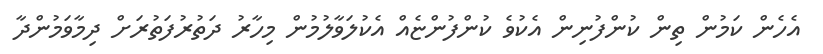
އެހެން ކަމުން ތިން ކުންފުނިން އެކުވެ ކުންފުންޏެއް އެކުލަވާލުމުން މިހާރު ދަތުރުފަތުރަށް ދިމާވަމުންދާ